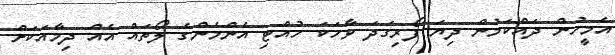
އެމީހުން ދައްކަމުން ދިޔަ ފޯރިގަދަ ވާހަކަ ހުއްޓި އެންމެންގެ ލޯތައް އެއް ދިމާއަކަށް